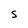
Character: 5